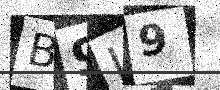
Text: B9I9